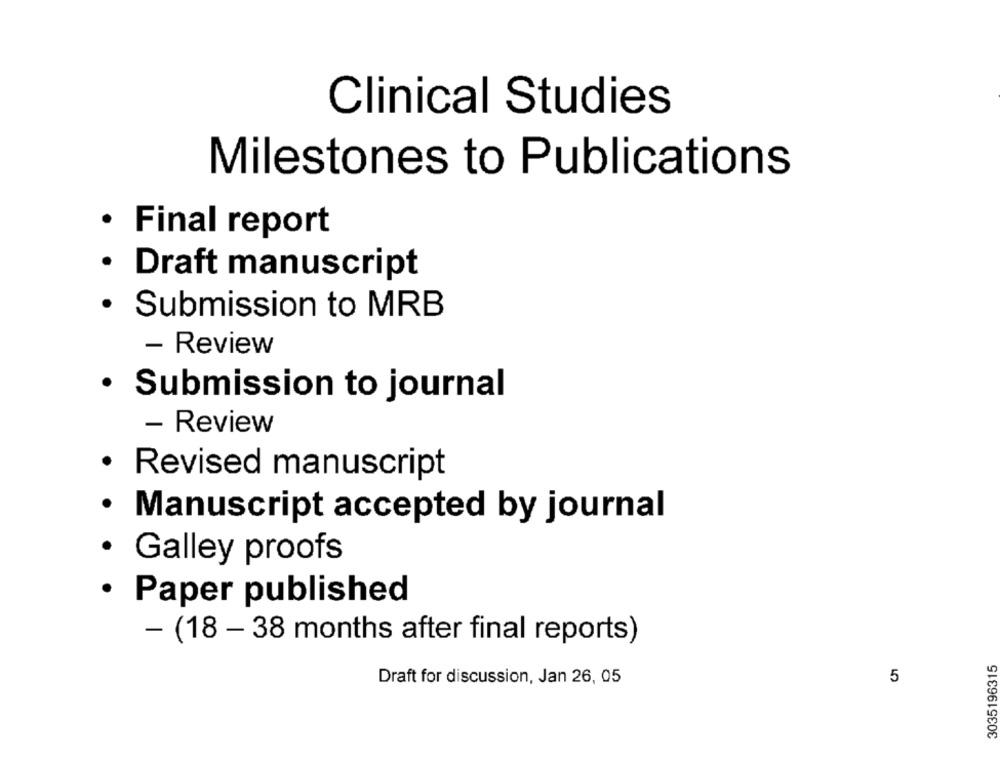
Clinical Studies
Milestones to Publications
· Final report
· Draft manuscript
Submission to MRB
- Review
· Submission to journal
- Review
· Revised manuscript
· Manuscript accepted by journal
· Galley proofs
· Paper published
- (18 - 38 months after final reports)
3035196315
Draft for discussion, Jan 26, 05
5